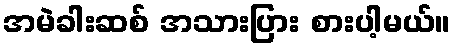
အမဲခါးဆစ် အသားပြား စားပါ့မယ်။